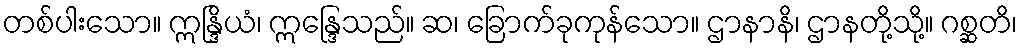
တစ်ပါးသော။ ဣန္ဒြိယံ၊ ဣန္ဒြေသည်။ ဆ၊ ခြောက်ခုကုန်သော။ ဌာနာနိ၊ ဌာနတို့သို့။ ဂစ္ဆတိ၊